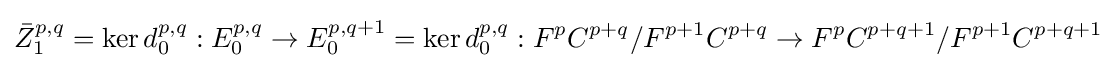
{\bar {Z}}_{1}^{p,q}=\ker d_{0}^{p,q}:E_{0}^{p,q}\rightarrow E_{0}^{p,q+1}=\ker d_{0}^{p,q}:F^{p}C^{p+q}/F^{p+1}C^{p+q}\rightarrow F^{p}C^{p+q+1}/F^{p+1}C^{p+q+1}